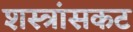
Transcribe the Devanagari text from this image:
शस्त्रांसकट